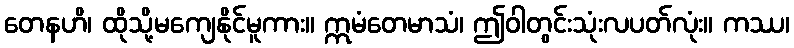
တေနဟိ၊ ထိုသို့မကျေနိုင်မူကား။ ဣမံတေမာသံ၊ ဤဝါတွင်းသုံးလပတ်လုံး။ ကဿ၊